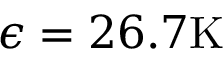
\epsilon = 2 6 . 7 \mathrm { K }